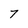
Character: 7